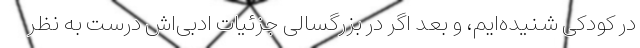
در کودکی شنیده‌ایم، و بعد اگر در بزرگسالی جزئیات ادبی‌اش درست به نظر